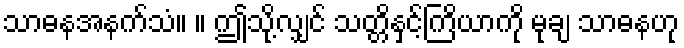
သာဓနအနက်သံ။ ။ ဤသို့လျှင် သတ္တိနှင့်ကြိယာကို မုချ သာဓနဟု